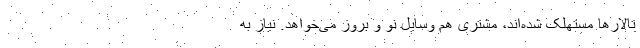
تالارها مستهلک شده‌اند، مشتری هم وسایل نو و بروز می‌خواهد. نیاز به